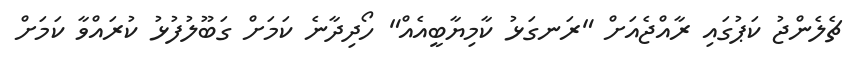
ޗެލެންޖު ކަޕުގައި ރާއްޖެއަށް "ރަނގަޅު ކާމިޔާބީއެއް" ހޯދިދާނެ ކަަމަށް ގަބޫލުފުޅު ކުރައްވާ ކަމަށް